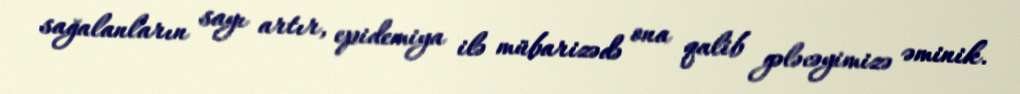
sağalanların sayı artır, epidemiya ilə mübarizədə ona qalib gələcəyimizə əminik.